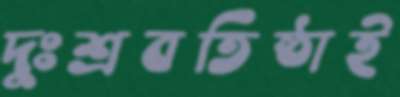
দুঃশ্রবতিষ্ঠাই